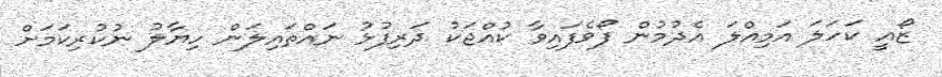
ޒޯއީ ކަހަލަ އަމިއްލަ އެދުމުން ފޯވެފައިވާ ކުއްޖަކު ދަރިފުޅު ނައްތައިލަން ހިޔާލު ނުކުރިކަމަށް